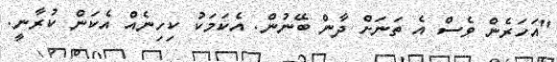
"އަހަރެން ވެސް އެ ތަނަށް ދާން ބޭނުން. އެކަމަކު ކިހިނެއް އެކަން ކުރާނީ.